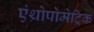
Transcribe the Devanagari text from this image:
एंथ्रोपोमेट्रिक